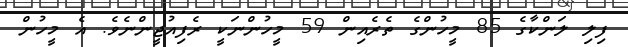
ފިލި ލަންކާގެ 85 މީހުންގެ ތެރެއިން 59 މީހުންނަކީ ރެފިއުޖީންނެވެ. އެ މީހުން